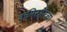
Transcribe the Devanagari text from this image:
कमिटमेंटचा